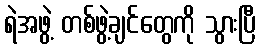
ရဲအဖွဲ့ တစ်ဖွဲ့ချင်တွေကို သွားပြီ